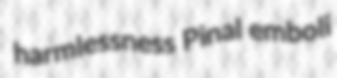
harmlessness Pinal emboli